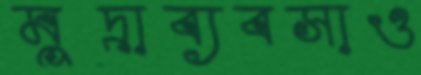
মুদ্রাব্যবসাও